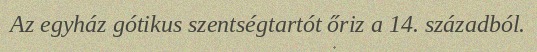
Az egyház gótikus szentségtartót őriz a 14. századból.